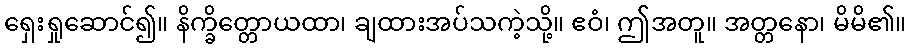
ရှေးရှုဆောင်၍။ နိက္ခိတ္တောယထာ၊ ချထားအပ်သကဲ့သို့။ ဧဝံ၊ ဤအတူ။ အတ္တနော၊ မိမိ၏။